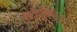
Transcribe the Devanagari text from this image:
कोईंबतूरच्या